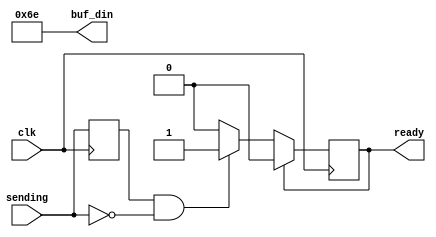
module newline_terminator(clk,sending,buf_din,ready);
input clk,sending;
output [7:0] buf_din;
output reg ready;

assign buf_din="\n";

reg prev_sending;

initial begin
	prev_sending = 0;
	ready =0;
end

always @(posedge clk) begin
	if (prev_sending&~sending) begin
		ready <= 1;
	end

	if (ready) ready<=0;
	prev_sending<=sending;

end

endmodule